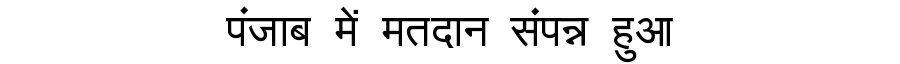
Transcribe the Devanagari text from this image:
पंजाब में मतदान संपन्न हुआ